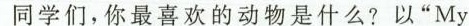
同学们，你最喜欢的动物是什么?以“My